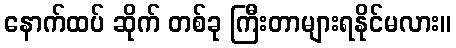
နောက်ထပ် ဆိုက် တစ်ခု ကြီးတာများရနိုင်မလား။